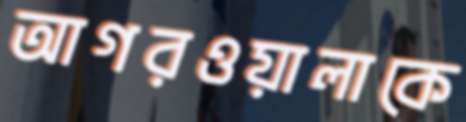
আগরওয়ালাকে